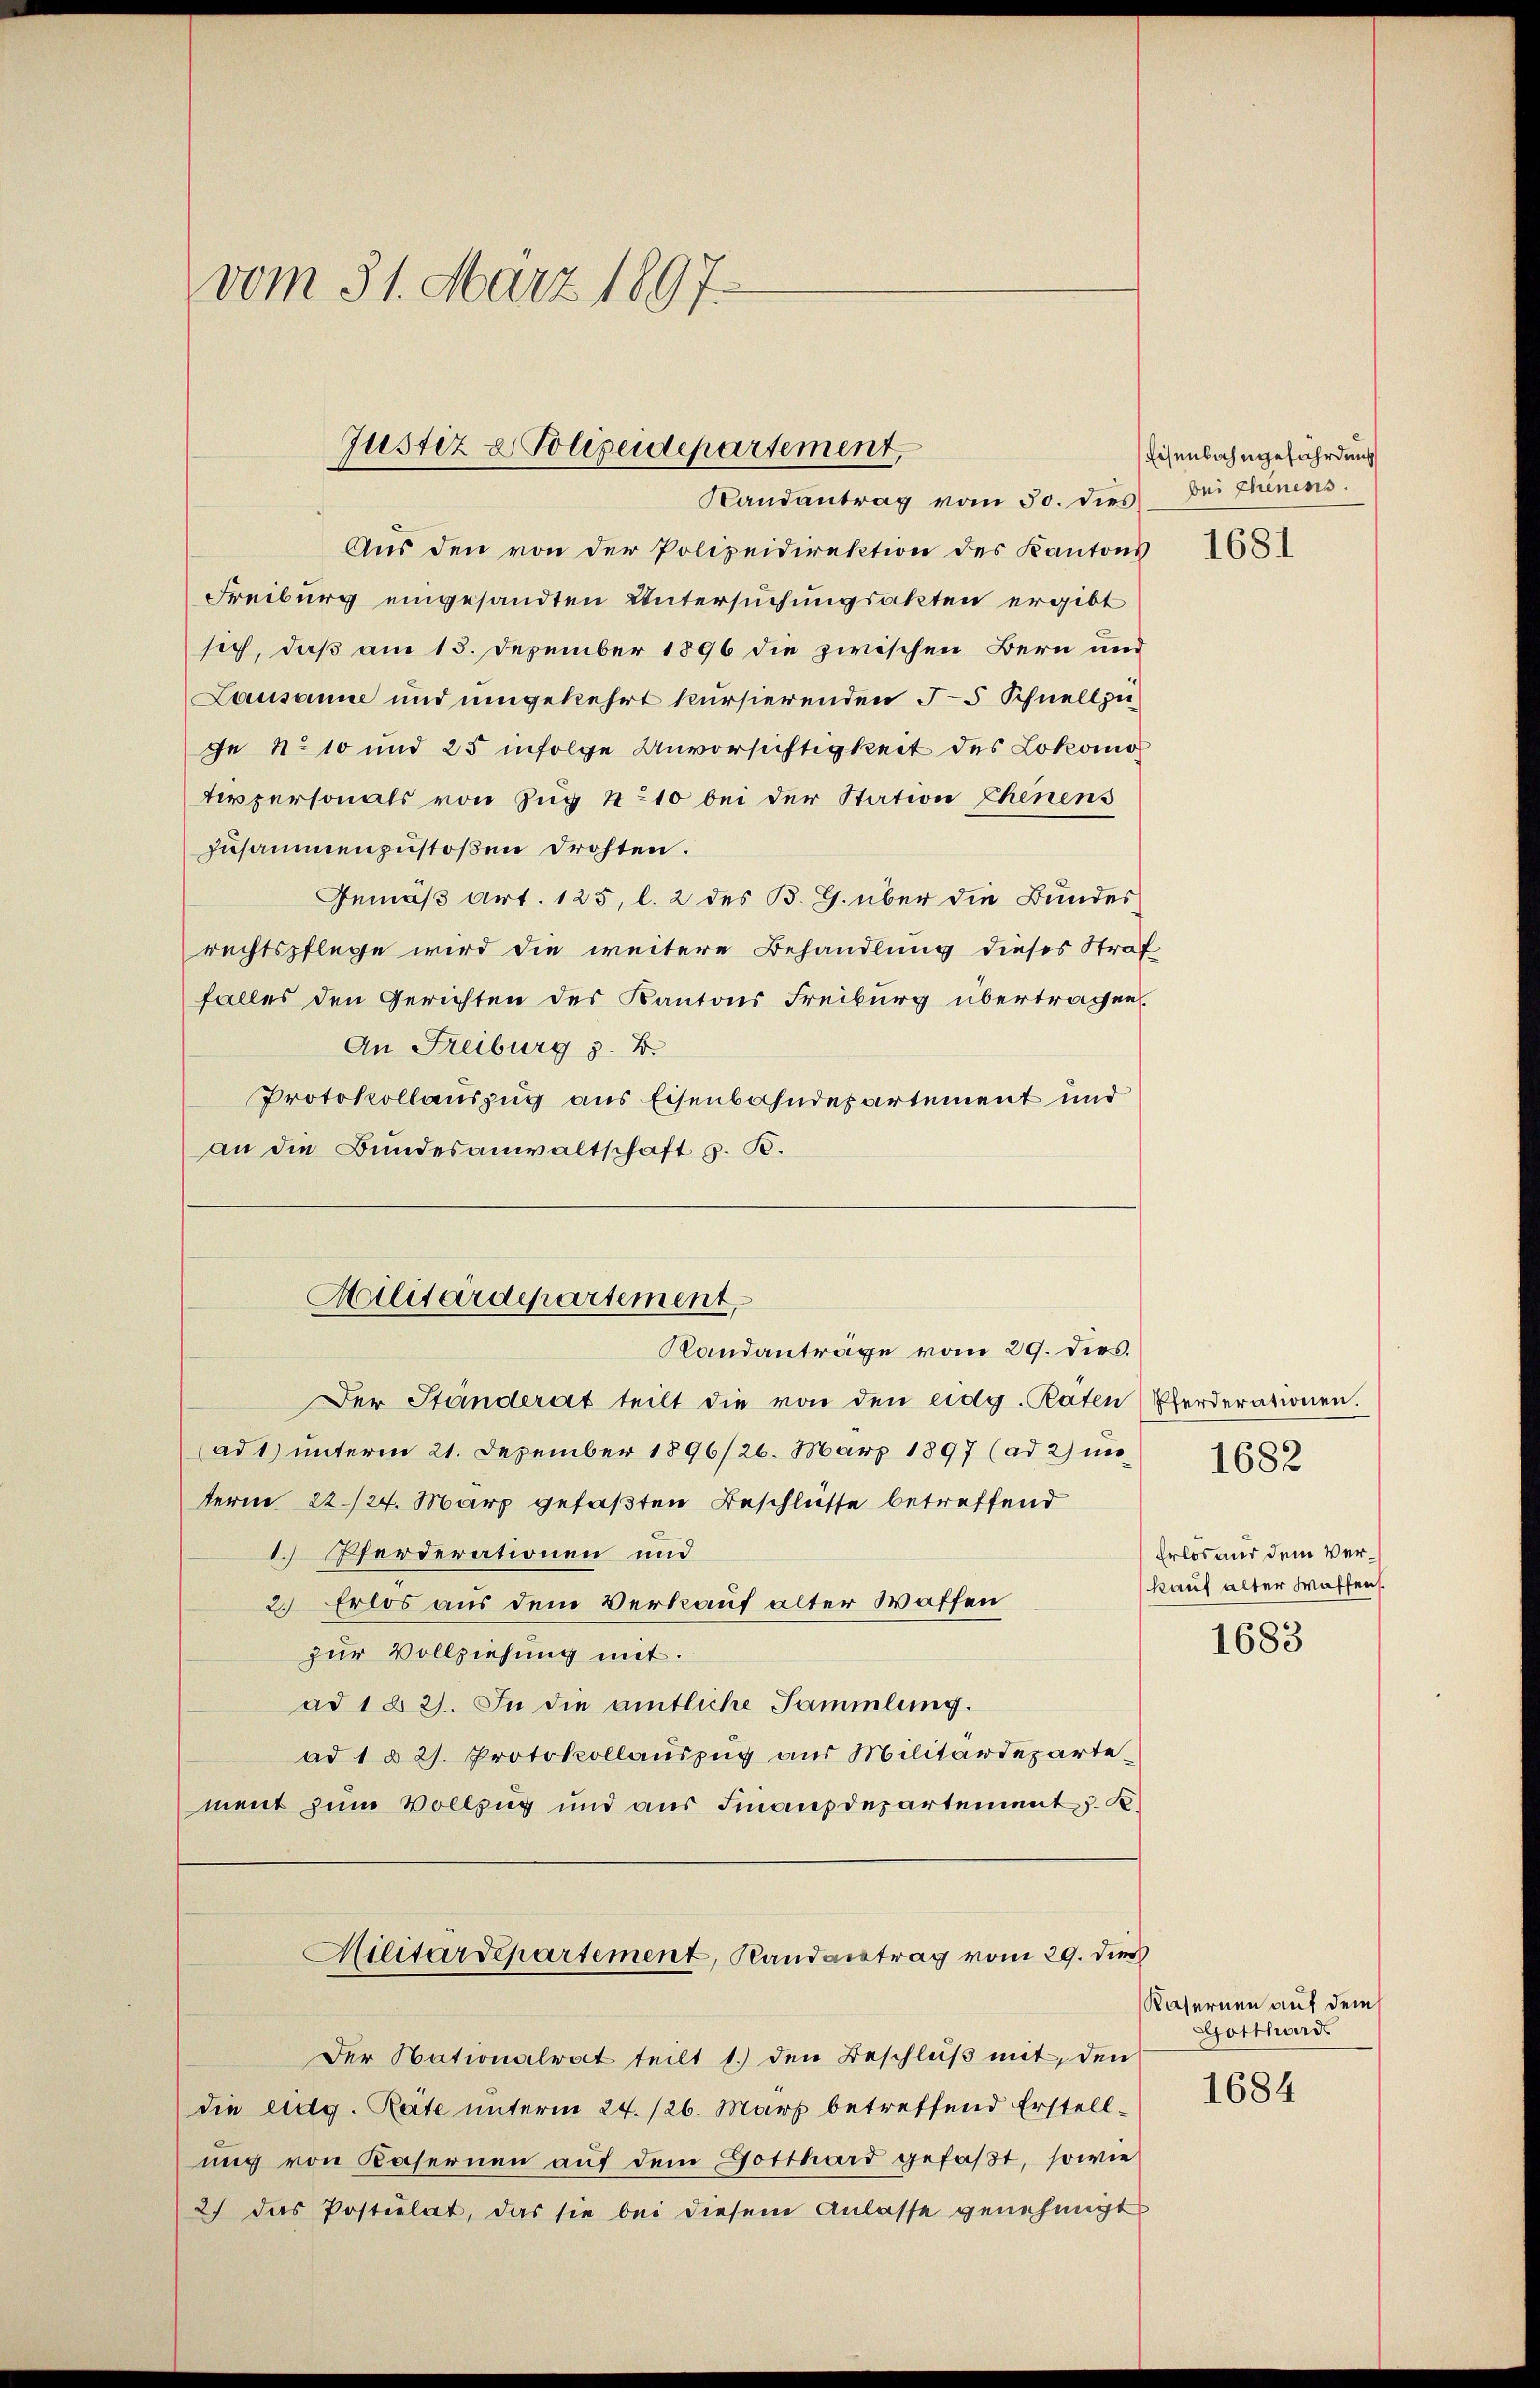
vom 31. März 1897.

Randantrag vom 30. dies bei Chenens.
Aus den von der Polizeidirektion des Kantons
Freiburg eingesandten Untersuchungsakten ergibt
sich, daß am 15. Dezember 1896 die zwischen Bern und
Lausanne und umgekehrt kursierenden 55 Schnellzuge No 10 und 25 infolge Unvorsichtigkeit des Lokomo
terpersonals von Zug 410 bei der Station Ehenens
zusammenzustoßen drohten.
Gemäß Art. 125, l. 2 des B. G. über die Bundes
rechtspflege wird die weitere Behandlung dieses Straf
falles den Gerichten des Kantons Freiburg übertragen.
An Freiburg z. B.
Protokollauszug aus Eisenbahndepartement und
an die Bundesanwaltschaft z. B.

Justiz & Polizeidepartement,

Militärdepartement,
Randanträge vom 29. dies.

Der Ständerat teilt die von den eidg. Raten Pferderationen.
(ad 1) unterm 21. Dezember 1896/26. März 1897 (ad 2) unterm 22./24. März gefaßten Beschlüsse betreffend
1. Pferderationen und
2. Erlos aus dem Verkauf alter Waffen
zur Vollziehung mit.
ad 1 § 2). In die amtliche Sammlung.
ad 1 § 21. Protokollauszug aus Militärdepartement zum Vollzug und aus Finanzdepartement u. K

Militärdepartement, Randantrag vom 29. dies

Der Nationalrat teilt 1.) den Beschluß mit, den
die eidg. Räte unterm 24. 126. März betreffend Erstellung von Kasernen auf dem Gotthard gefaßt, sowie
2.) Das Postulat, das sie bei diesem Anlasse genehmigt

Eisenbahngefährdung

1681

1682

Erlos aus dem Verkauf alter Waffen.
1683

Kasernen auf dem
Gotthards

1684